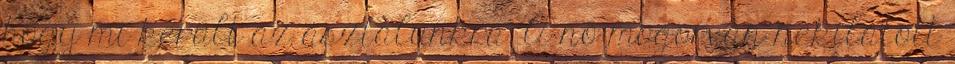
hogy mi került az asztalunkra. A nő mogorván nekilátott